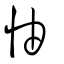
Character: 怞